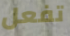
تفعل